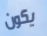
يكون